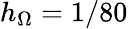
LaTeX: h_{\Omega}=1/80